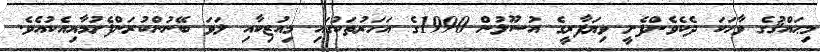
މިޙައްޤުގެ ވާހަކަ ދެކެވެންފެށީ ވިޔަފާރީގެ އުސޫލުން 1990ގެ އަހަރުތަކުގައި މިއުޒިކާއި ލަވަ ބޭނުންކުރަންފެށުމާއިއެކުއެވެ.